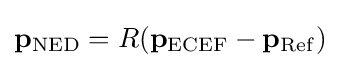
\mathbf {p} _{\mathrm {NED} }=R(\mathbf {p} _{\mathrm {ECEF} }-\mathbf {p} _{\mathrm {Ref} })